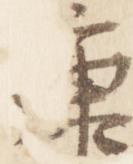
康